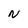
Character: N